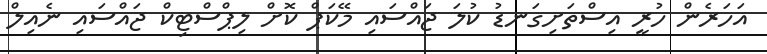
އަހަރެން ހުރީ އިސްތަށިގަނޑު ކުލަ ޖައްސައި މޭކަޕް ކޮށް ލިޕްސްޓިކް ޖައްސައި ނެއިލް